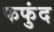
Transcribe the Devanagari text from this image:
फफुंद